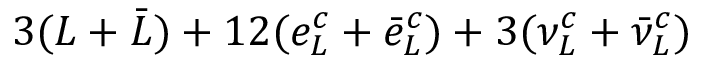
3 ( L + \bar { L } ) + 1 2 ( e _ { L } ^ { c } + \bar { e } _ { L } ^ { c } ) + 3 ( \nu _ { L } ^ { c } + \bar { \nu } _ { L } ^ { c } )